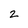
Character: 2